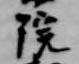
院